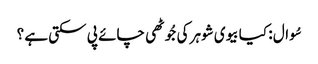
سُوال : کیا بیوی شوہر کی جُوٹھی چائے پی سکتی ہے ؟